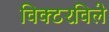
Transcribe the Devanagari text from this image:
विक्टरविले